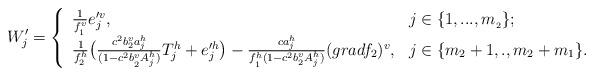
LaTeX: \begin{align*} W'_j=\left\{ \begin{array}{ll}\frac{1}{f_{_1}^v}e_j'^v, &j\in\{1,...,m_{_2}\}; \\\frac{1}{f_2^h}\big(\frac{ c^2b_2^va_j^h}{(1-c^2b_{_2}^vA_j^h)}T_j^h+e_j'^h\big)-\frac{ca_j^h}{f_{_1}^h(1-c^2b_2^vA_j^h)}(gradf_2)^v,& j\in\{m_2+1,.,m_2+m_1\}. \end{array} \right.\end{align*}